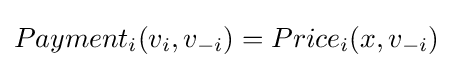
Payment_{i}(v_{i},v_{-i})=Price_{i}(x,v_{-i})